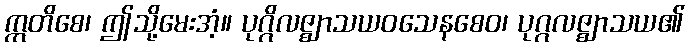
ဣတိစေ၊ ဤသို့မေးအံ့။ ပုဂ္ဂိလဇ္ဈာသယဝသေနစေဝ၊ ပုဂ္ဂလဇ္ဈာသယ၏